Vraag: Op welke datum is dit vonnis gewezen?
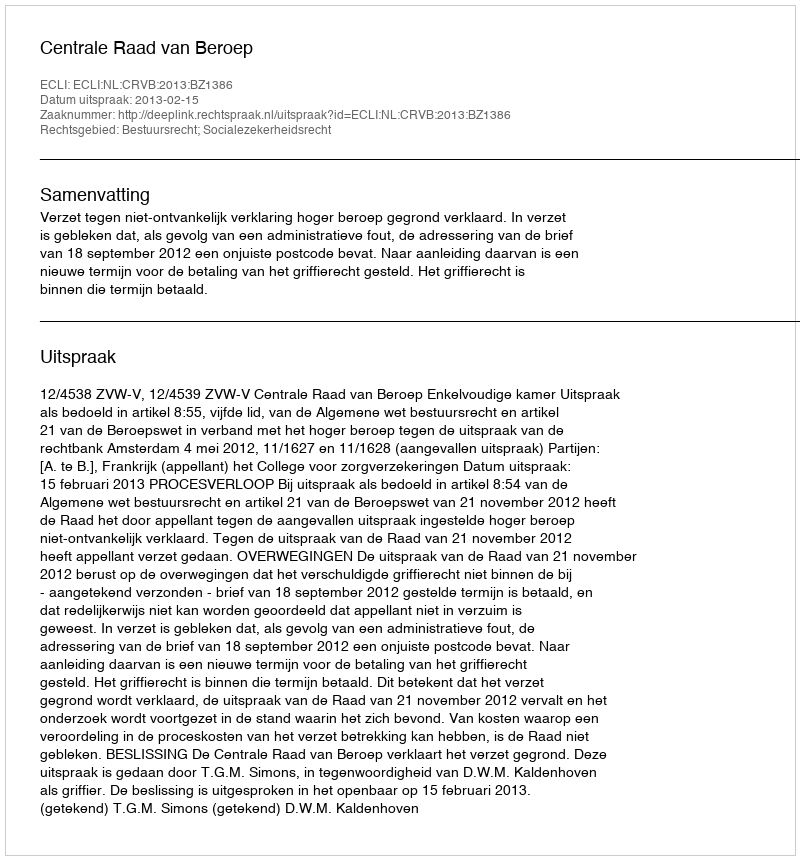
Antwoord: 2013-02-15